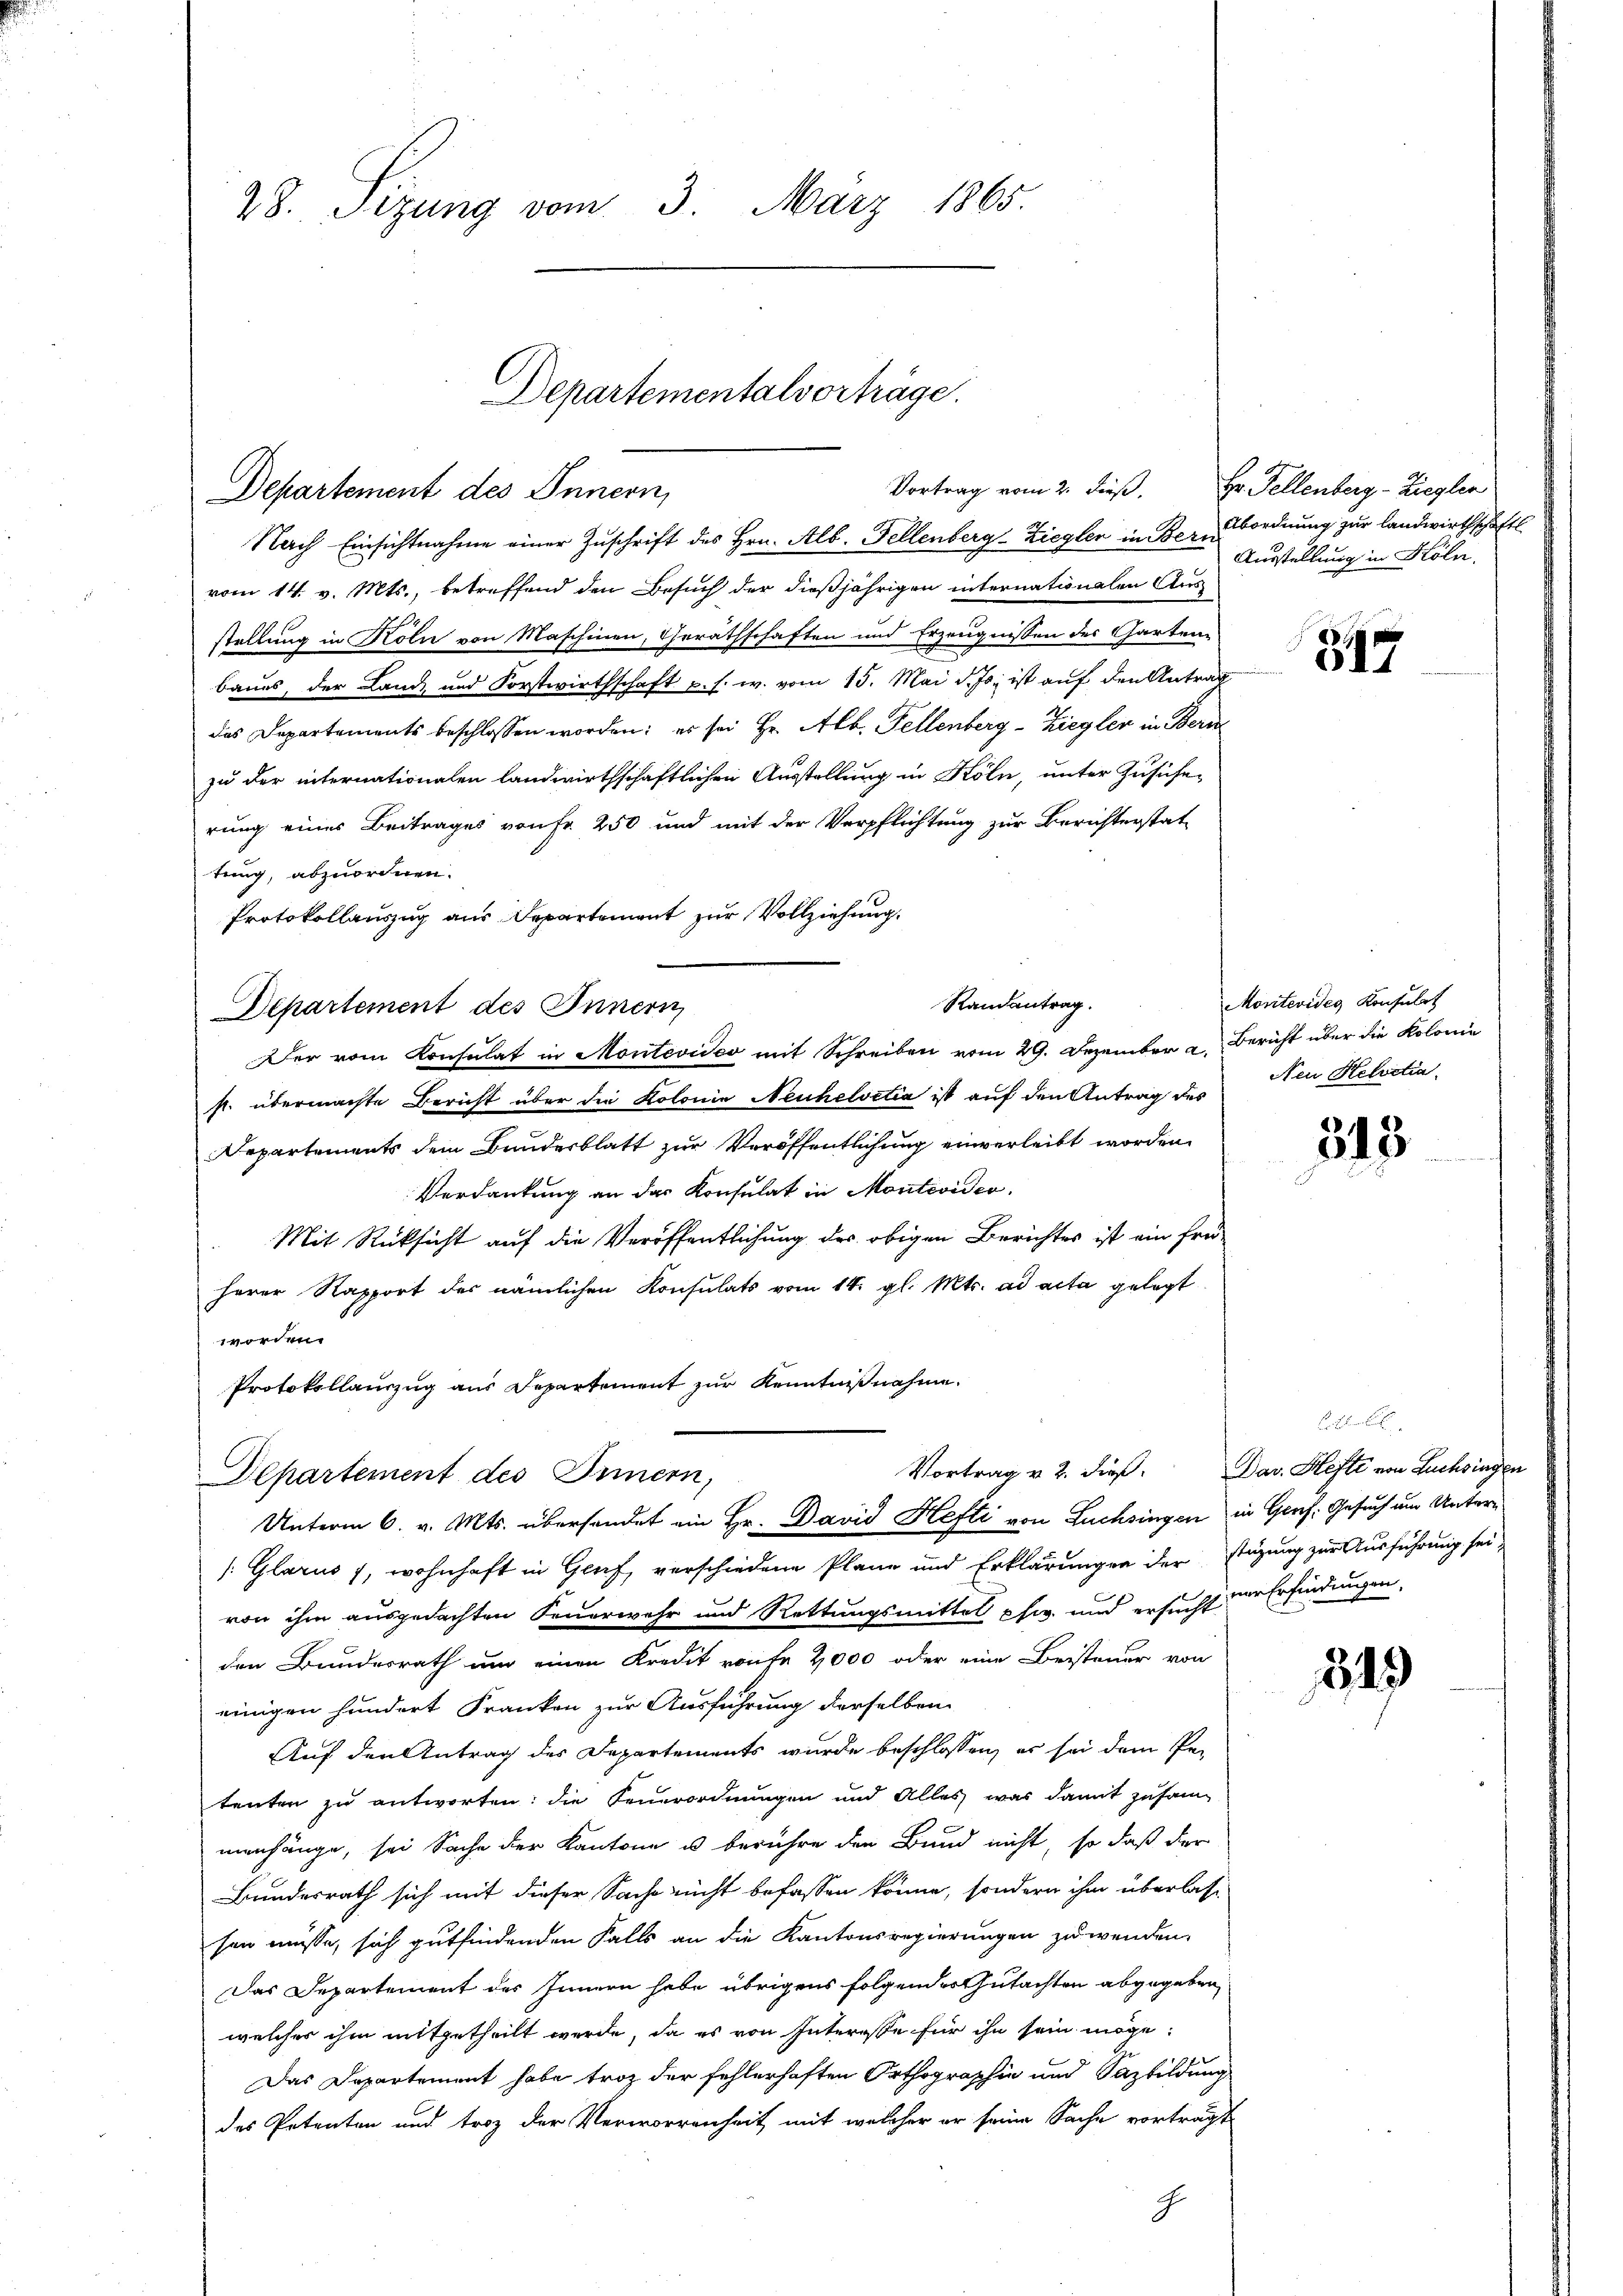
28. Sizung vom 3. März 1865.

Departement des Innern,
Nach Einsichtnahme einer Zuschrift des Hrn. Alb. Fellenberg-Ziegler in Bern
vom 14. v. Mts., betreffend den Besuch der dießjährigen internationalen Aus
stellung in Köln von Maschinen, Geräthschaften und Erzeugnissen des Garten-
baues, der Land- und Forstwirthschaft u. s. w. vom 15. Mai d. Js. ist auf den Antrag
das Departements beschlossen worden; es sei Hr. Alb. Fellenberg-Ziegler in Bern
zu der internationalen landwirthschaftlichen Ausstellung in Köln, unter Zusicherung eines Beitrages von Fr. 250 und mit der Verpflichtung zur Berichterstat
tung, abzuordnen.
Protokollauszug aus Departement zur Vollziehung.
Departement des Innern,
Der vom Konsulat in Montevideo mit Schreiben vom 29. Dezember a. Bericht über die Kolonie
st. übermachte Bericht über die Kolonie Neuhelvetia ist auf den Antrag des
Departements dem Bundesblatt zur Veröffentlichung einverleibt worden.
Verdankung an das Konsulat in Montevideo
Mit Rücksicht auf die Veröffentlichung des obigen Berichtes ist ein frei-
herer Rapport des nämlichen Konsulats vom 14. gl. Mts. ad acta gelegt
worden.
Protokollauszug aus Departement zur Kenntnißnahme.
Departement des Innern,
Unterm 6. v. Mts. übersendet ein Hr. David Hefti von Luchsingen in Genf. Gesuch um Untern
/: Glarus 7, wohnhaft in Genf, verschiedene Pläne und Erklärungen der
von ihm ausgedachten Feuerwehr und Rettungsmittel pfw. und ersucht der Erfindungen,
den Bundesrath und einen Kredit raufe 2000 oder eine Beisteuer von
einigen hundert Franken zur Ausführung derselben
Auf den Antrag des Departements wurde beschlossen, es sei dem Petenten zu antworten: die Feuerordnungen und Alles, was damit zusam-
menhänge, sei Sache der Kantone u berühre den Bund nicht, so daß der
Bundesrath sich mit dieser Sache nicht befassen könne, sondern ihm überlas-
sen müsse, sich gutfindenden Falls an die Kantonsregierungen zuwenden.
Das Departement des Innern habe übrigens folgendes Gutachten abgegeben
welcher ihm mitgetheilt werde, da es von Interesse für ihn sein möge.
Das Departement habe troz der fehlerhaften Orthographie und Sazbildung
des Petenten und troz der Verworrenheit mit welcher er seine Sache vorträg-

Departementalvorträge.

Randantrag.

Vortrag vom 2. dieβ. Hr. Fellenberg-Ziegler
Abordnung zur Landwirthschaftl
Ausstellung in Köln,

Vortrag v. 2. dieß. Dav. Hefte von Luchsingen

397

Montevides Konsulat
Neu Helodia

313

r
stigung zur Ausführung sei,

345)